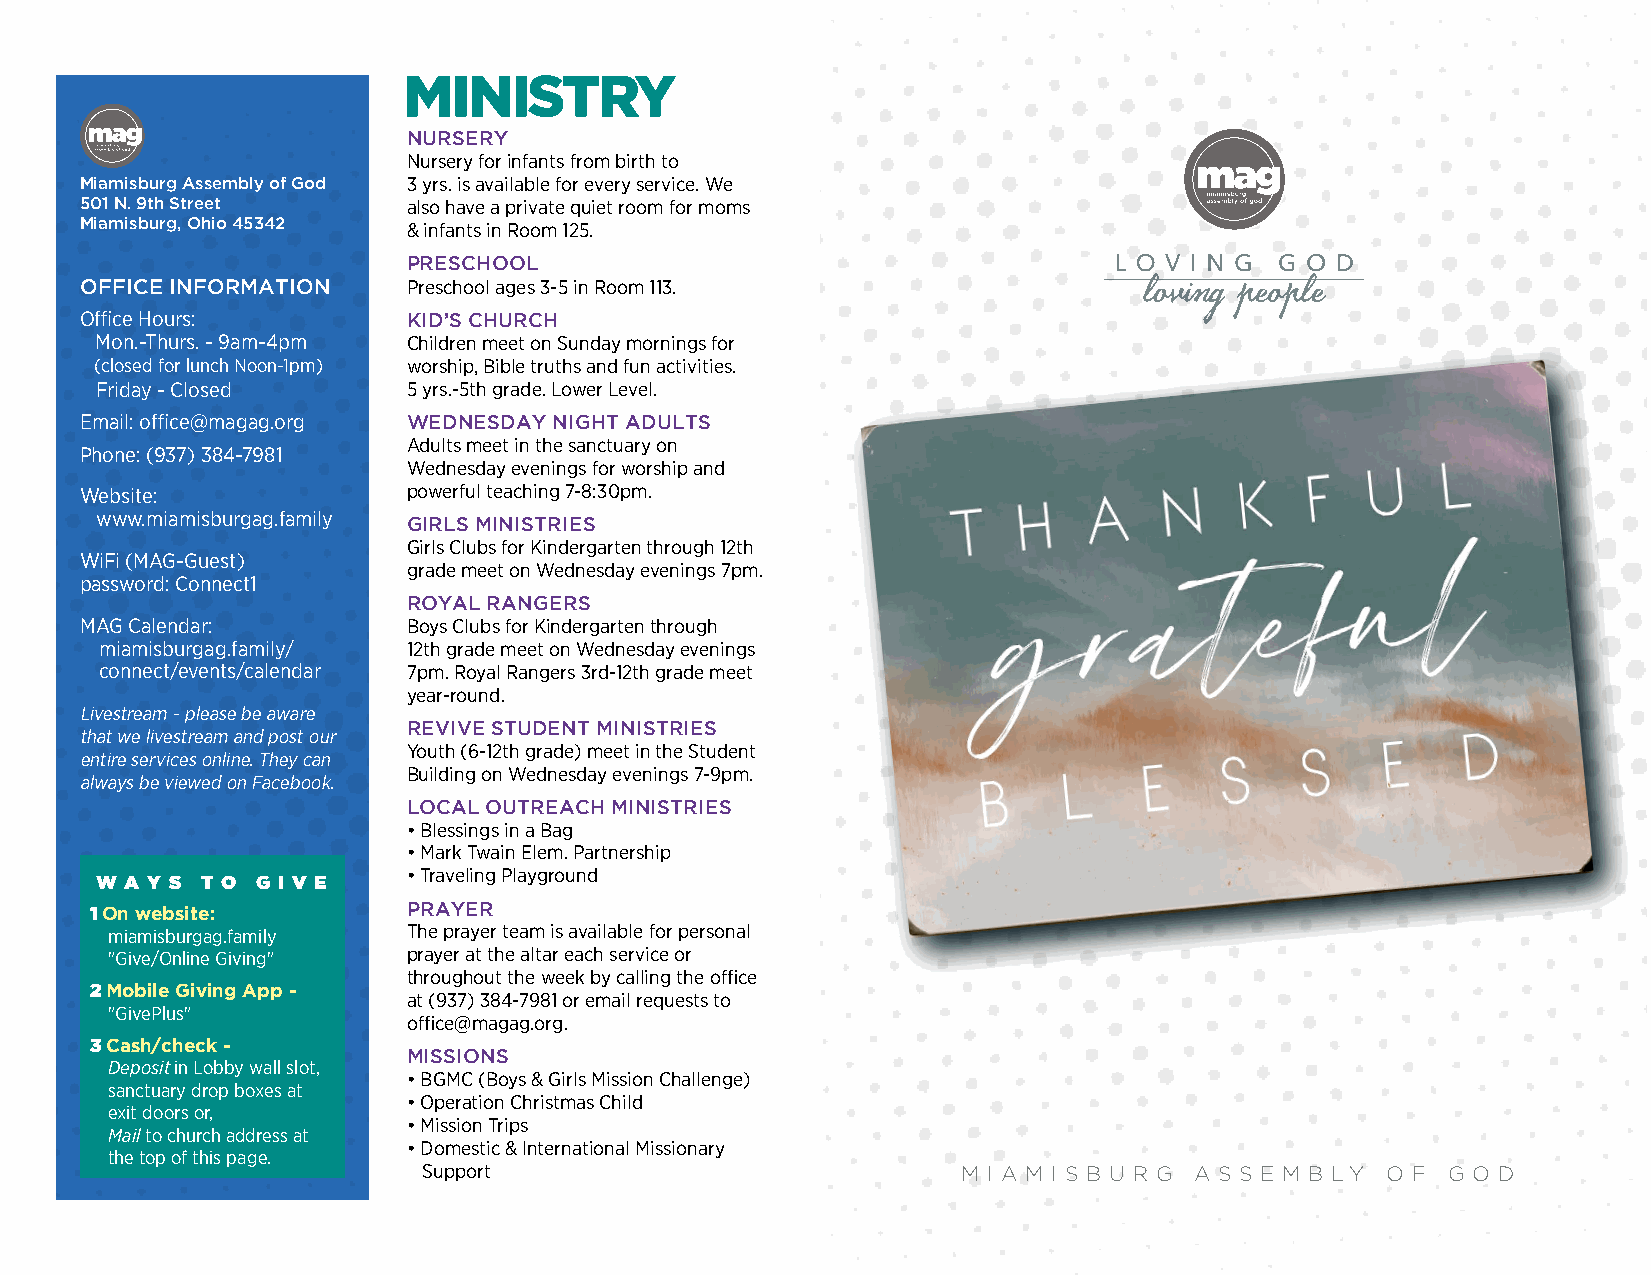
NURSERY
 Nursery for infants from birth to
 Miamisburg Assembly of God 3 yrs. is available for every service. We
 501 N. 9th Street     also have a private quiet room for moms
 Miamisburg, Ohio 45342
 & infants in Room 125.
 PRESCHOOL
 OFFICE INFORMATION    Preschool ages 3-5 in Room 113.
 Office Hours:         KID’S CHURCH
 Mon.-Thurs. - 9am-4pm Children meet on Sunday mornings for
 (closed for lunch Noon-1pm) worship, Bible truths and fun activities.
 Friday - Closed      5 yrs.-5th grade. Lower Level.
 Email: office@magag.org WEDNESDAY NIGHT ADULTS
 Adults meet in the sanctuary on
 Phone: (937) 384-7981
 Wednesday evenings for worship and
 Website:              powerful teaching 7-8:30pm.
 www.miamisburgag.family GIRLS MINISTRIES
 Girls Clubs for Kindergarten through 12th
 WiFi (MAG-Guest)
 grade meet on Wednesday evenings 7pm.
 password: Connect1
 ROYAL RANGERS
 MAG Calendar:         Boys Clubs for Kindergarten through
 miamisburgag.family/ 12th grade meet on Wednesday evenings
 connect/events/calendar 7pm. Royal Rangers 3rd-12th grade meet
 year-round.
 Livestream - please be aware
 REVIVE STUDENT MINISTRIES
 that we livestream and post our
 Youth (6-12th grade) meet in the Student
 entire services online. They can
 Building on Wednesday evenings 7-9pm.
 always be viewed on Facebook.
 LOCAL OUTREACH MINISTRIES
 • Blessings in a Bag
 • Mark Twain Elem. Partnership
 W A Y S T O G I V E  • Traveling Playground
 1 On website:        PRAYER
 miamisburgag.family The prayer team is available for personal
 "Give/Online Giving" prayer at the altar each service or
 throughout the week by calling the office
 2 Mobile Giving App -
 at (937) 384-7981 or email requests to
 "GivePlus"
 office@magag.org.
 3 Cash/check -
 MISSIONS
 Deposit in Lobby wall slot,
 • BGMC (Boys & Girls Mission Challenge)
 sanctuary drop boxes at
 • Operation Christmas Child
 exit doors or,
 • Mission Trips
 Mail to church address at
 • Domestic & International Missionary
 the top of this page.
 Support                             M I A M I S B U R G A S S E M B LY O F G O D